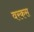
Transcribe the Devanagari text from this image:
वरकस